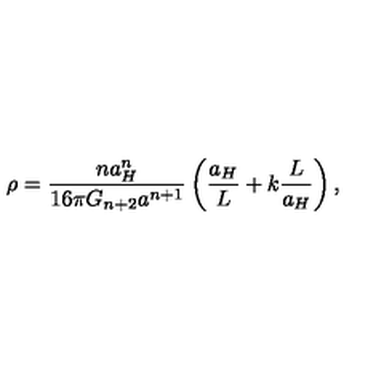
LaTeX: \rho = { \frac { n a _ { H } ^ { n } } { 1 6 \pi G _ { n + 2 } a ^ { n + 1 } } } \left( { \frac { a _ { H } } { L } } + k { \frac { L } { a _ { H } } } \right) ,